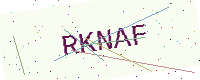
Text: RKNAF